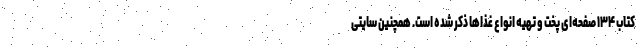
کتاب ۱۳۴ صفحه‌ای پخت و تهیه انواع غذاها ذکر شده است. همچنین سایتی